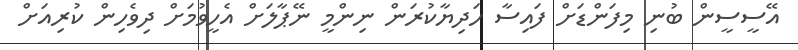
އޭސީސީން ބުނި މިފަންޑަށް ފައިސާ ހަދިޔާކުރަން ނިންމީ ނޭޕާލަށް އެހީވުމަށް ދިވެހިން ކުރިއަށް